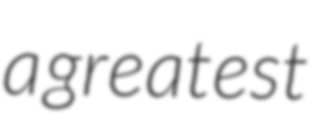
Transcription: a greatest